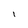
Character: 1